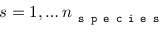
s = 1 , \dots n _ { \texttt { s p e c i e s } }